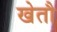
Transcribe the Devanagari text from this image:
खेतौ